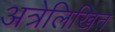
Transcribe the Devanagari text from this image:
अत्रेलिखित